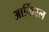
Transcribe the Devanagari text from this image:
आर्किवल